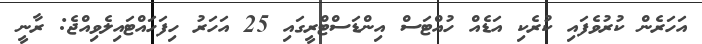
އަހަރެން ކުރުވެފައި ކުރެކި އަޑެއް ހުއްޓަސް އިންޑަސްޓްރީގައި 25 އަހަރު ހިފަހައްޓައިލެވިއްޖެ: ރާނީ